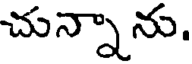
చున్నాను,